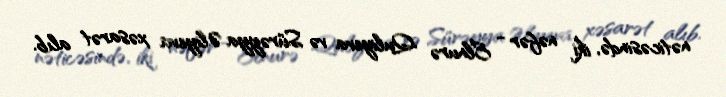
nəticəsində, iki nəfər - Elnurə Quliyeva və Sürəyya Əliyeva xəsarət alıb.